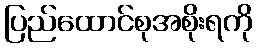
ပြည်ထောင်စုအစိုးရကို